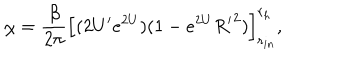
\chi = { \frac { \beta } { 2 \pi } } \left[ ( 2 U ^ { \prime } e ^ { 2 U } ) ( 1 - e ^ { 2 U } { R ^ { \prime } } ^ { 2 } ) \right] _ { r _ { i n } } ^ { r _ { h } } ,